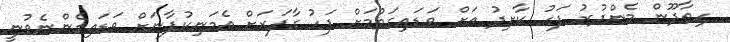
ހިތާދޫން މެންދުރު ފަހު ކާށިދު އަށް ވަޑައިގަތުމަށް ފަހު ގާފަރަށް އެމަނިކުފާނަށް ވަޑައިގެންނެވުނީ